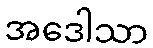
အဒေါသာ